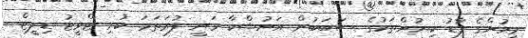
މީހުންގެ ފާޑު ކިޔުންތަކުގެ ސަބަބުން އަނުޝްކާ ވަނީ ފުރަތަމަ ކުރި ޓްވީޓު ޑިލީޓް